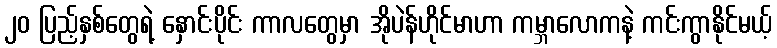
၂၀ ပြည့်နှစ်တွေရဲ့ နှောင်းပိုင်း ကာလတွေမှာ အိုပဲန်ဟိုင်မာဟာ ကမ္ဘာလောကနဲ့ ကင်းကွာနိုင်မယ့်